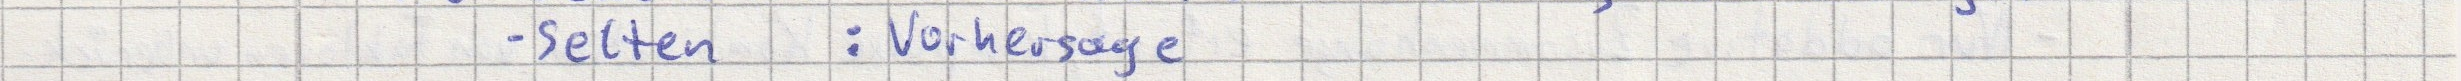
- selten: Vorhersage